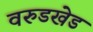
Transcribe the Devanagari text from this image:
वरुडखेड